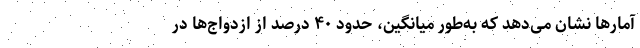
آمارها نشان می‌دهد که به‌طور میانگین، حدود ۴۰ درصد از ازدواج‌ها در